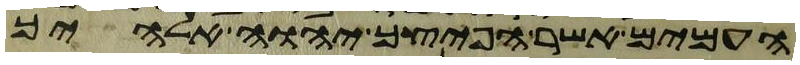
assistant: העמים אשר הפיצך יהוה אלהיך